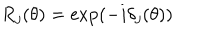
R _ { j } ( \theta ) = \exp ( - i \delta _ { j } ( \theta ) )